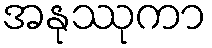
အနုဿုကာ